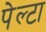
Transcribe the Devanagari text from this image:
पेल्टा